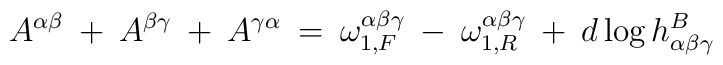
A^{\alpha \beta} \: + \:A^{\beta \gamma} \: + \: A^{\gamma \alpha} \: = \:\omega_{1, F}^{\alpha \beta \gamma} \: - \:\omega_{1, R}^{\alpha \beta \gamma} \: + \:d \log h^B_{\alpha \beta \gamma}